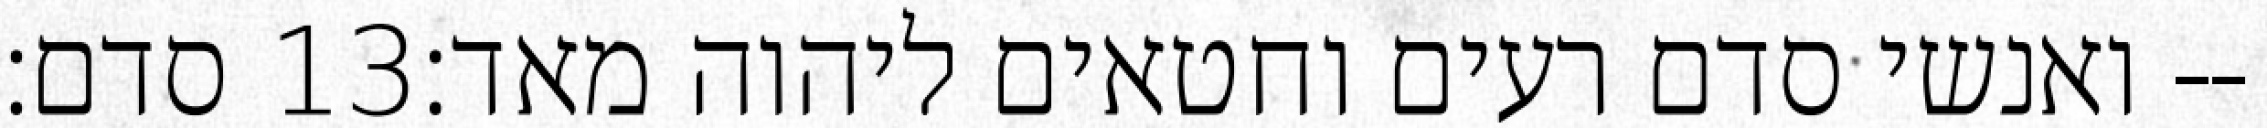
סדם׃ ‎13‏ ואנשי סדם רעים וחטאים ליהוה מאד׃--